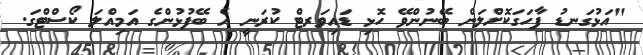
"އަޅުގަނޑު ފާހަގަކޮށްލަން ބޭނުންވޭ ހޮޅި ޑައިވަރޓް ކުރަނީ އެ ބޭފުޅުންގެ އަމިއްލަ ކޯސްޓްގަ.